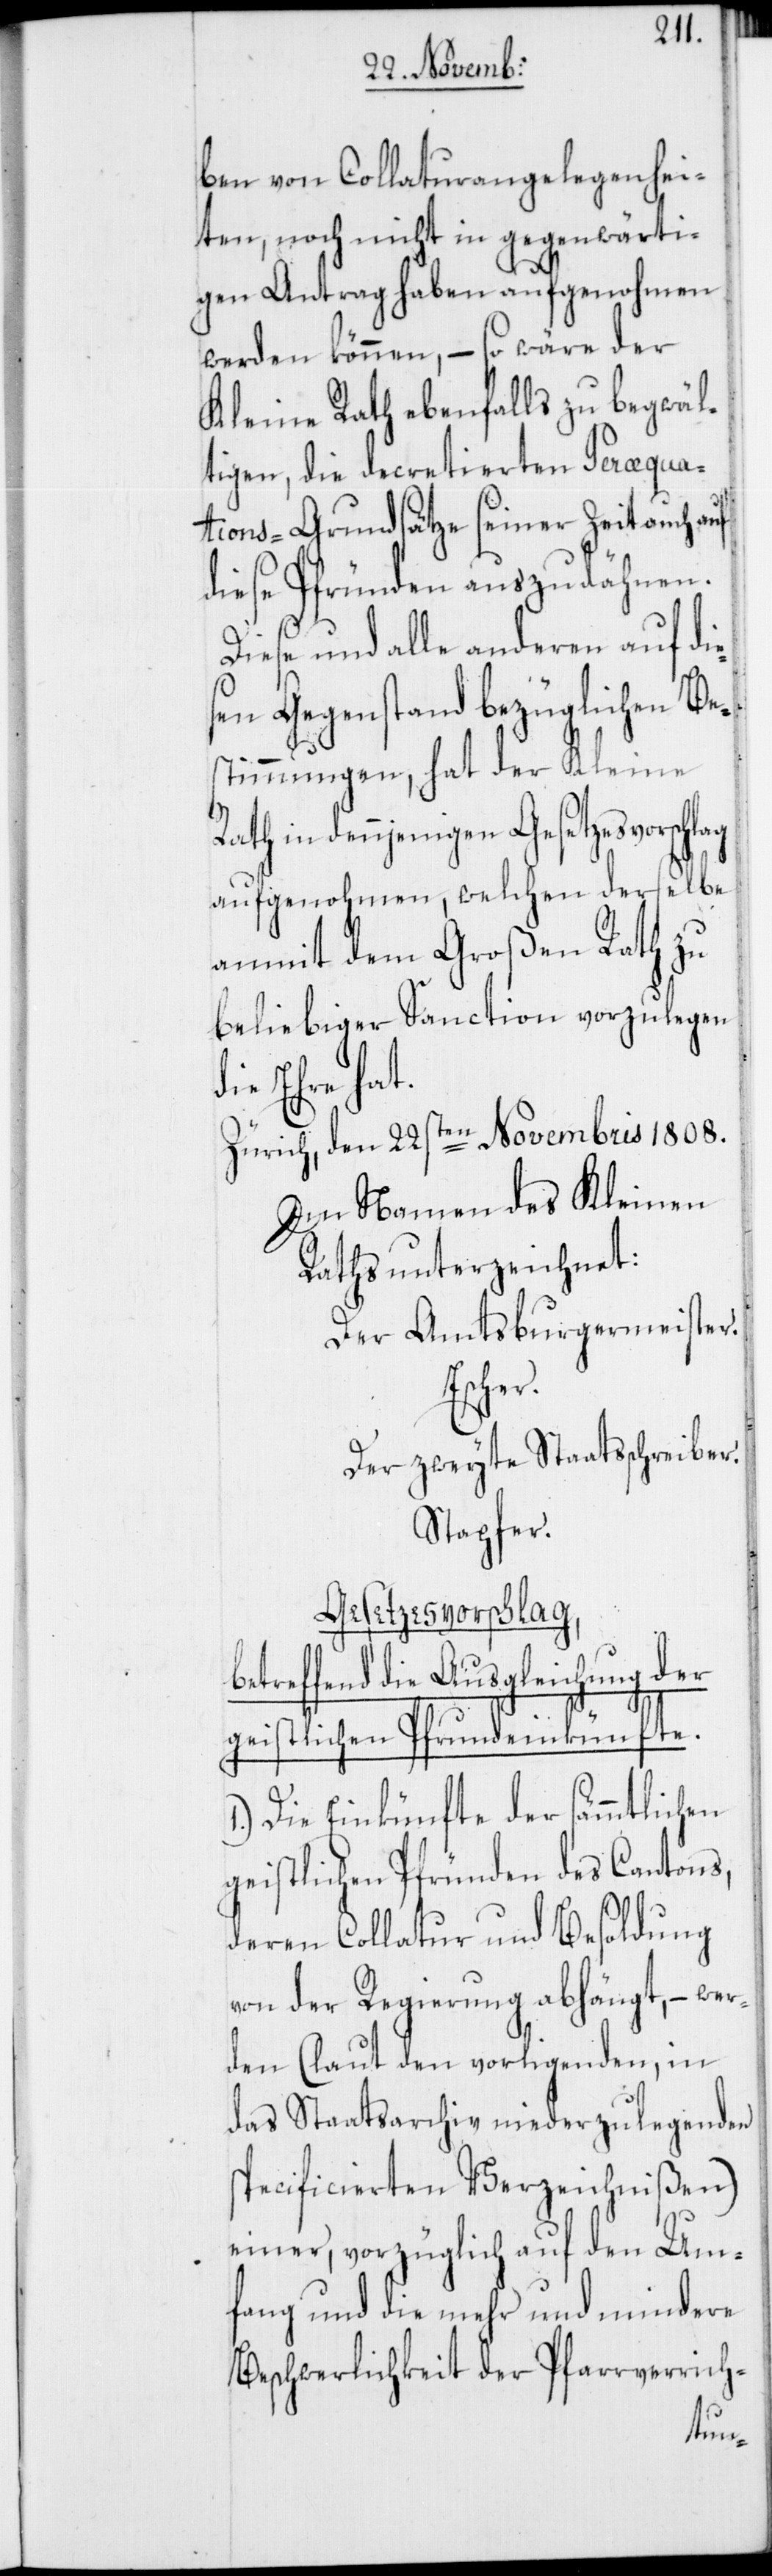
ben von Collaturangelegenhei¬
ten, noch nicht in gegenwärti¬
gen Antrag haben aufgenohmen
werden können, – so wäre der
Kleine Rath ebenfalls zu begwäl¬
tigen, die decretierten Peræqua¬
tions-Grundsätze seiner Zeit auch auf
diese Pfründen auszudähnen.
Diese und alle anderen auf di¬
esen Gegenstand bezüglichen Be¬
stimmungen, hat der Kleine
Rath in dennjenigen
aufgenohmen, welchen derselbe
anmit dem Großen Rath zu
beliebiger Sanction vorzulegen
die Ehre hat.
Zürich, den 22sten Novembris 1808.
Im Namen des Kleinen
Raths unterzeichnet:
Der Amtsburgermeister.
Escher.
Der zweyte Staatsschreiber.
Stapfer.
Gesetzesvorschlag,
betreffend die Ausgleichung der
geistlichen Pfrundeinkünfte.
1.) Die Einkünfte der sämmtlichen
geistlichen Pfründen des Cantons,
deren Collatur und Besoldung
von der Regierung abhängt, – wer¬
den (laut den vorligenden, in
das Staatsarchiv niederzulegenden
specificierten Verzeichnißen)
einer, vorzüglich auf den Um¬
fang und die mehr und mindere
Beschwerlichkeit der Pfarrverrich-